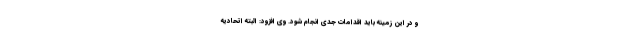
و در این زمینه باید اقدامات جدی انجام شود. وی افزود: البته اتحادیه